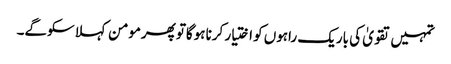
تمہیں تقویٰ کی باریک راہوں کو اختیار کرنا ہوگاتو پھرمومن کہلا سکوگے۔